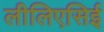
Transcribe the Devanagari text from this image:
लीलिएसिई